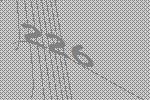
226